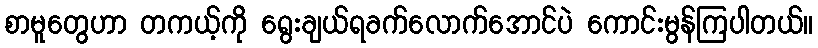
စာမူတွေဟာ တကယ့်ကို ရွေးချယ်ရခက်လောက်အောင်ပဲ ကောင်းမွန်ကြပါတယ်။